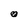
Character: o